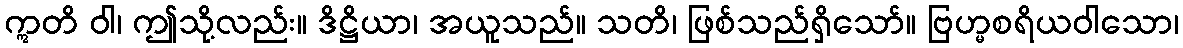
ဣတိ ဝါ၊ ဤသို့လည်း။ ဒိဋ္ဌိယာ၊ အယူသည်။ သတိ၊ ဖြစ်သည်ရှိသော်။ ဗြဟ္မစရိယဝါသော၊